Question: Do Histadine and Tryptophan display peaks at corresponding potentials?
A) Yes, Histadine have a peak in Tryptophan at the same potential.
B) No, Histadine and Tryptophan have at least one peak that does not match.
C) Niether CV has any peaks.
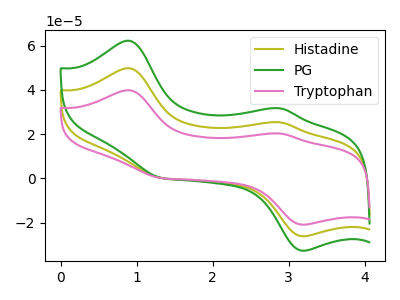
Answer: <think>The olive curve "Histadine" has anodic peaks at (0.90V, 49.75uA) (2.90V, 25.25uA) and cathodic peaks at (3.20V, -26.15uA) (1.30V, 0.20uA). The green curve "PG" has anodic peaks at (0.90V, 99.50uA) (2.90V, 50.55uA) and cathodic peaks at (3.20V, -52.35uA) (1.30V, 0.40uA). The pink curve "Tryptophan" has anodic peaks at (0.90V, 39.80uA) (2.90V, 20.20uA) and cathodic peaks at (3.20V, -20.95uA) (1.30V, 0.15uA).</think>
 <answer>A) Yes, "Histadine" have a peak in "Tryptophan" at the same potential.</answer>
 <eval>A</eval>